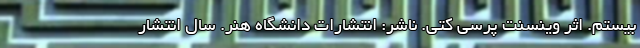
بیستم. اثر وینسنت پرسی کتی. ناشر: انتشارات دانشگاه هنر. سال انتشار